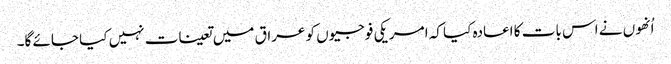
اُنھوں نے اس بات کا اعادہ کیا کہ امریکی فوجیوں کو عراق میں تعینات نہیں کیا جائے گا۔